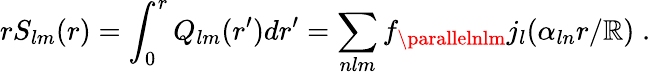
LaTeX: rS_{lm}(r)=\int_{0}^{r}Q_{lm}(r^{\prime})dr^{\prime}=\sum_{nlm}f_{\parallelnlm}j_{l}(\alpha_{ln}r/\mathbb{R})\; .